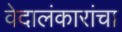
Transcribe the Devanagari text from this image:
वेदालंकारांचा